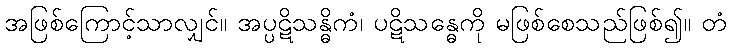
အဖြစ်ကြောင့်သာလျှင်။ အပ္ပဋိသန္ဓိကံ၊ ပဋိသန္ဓေကို မဖြစ်စေသည်ဖြစ်၍။ တံ